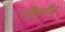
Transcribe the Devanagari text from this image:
चिंरजीव